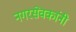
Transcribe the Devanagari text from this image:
नगरसेवकांनी